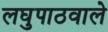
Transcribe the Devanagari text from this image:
लघुपाठवाले